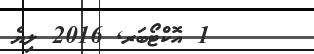
1 އޮކްޓޯބަރ